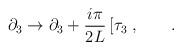
LaTeX: \begin{align*}\partial_{3} \rightarrow \partial_{3}+\frac{i\pi}{2 L} \left[\tau_{3}\right. , \qquad .\end{align*}